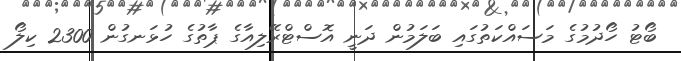
ބޯޓު ހޯދުމުގެ މަސައްކަތުގައި ބަލަމުން ދަނީ އޮސްޓްރޭލިއާގެ ޕާތުގެ ހުޅަނގުން 2300 ކިލޯ